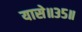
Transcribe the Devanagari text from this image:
यासे॥३५॥